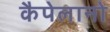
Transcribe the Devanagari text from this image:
कैपेलानो